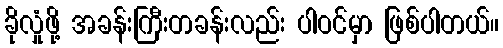
ခိုလှုံဖို့ အခန်းကြီးတခန်းလည်း ပါဝင်မှာ ဖြစ်ပါတယ်။